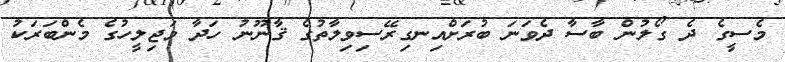
މެސީގެ ދެ ގޯލުން ބާސާ ދެވަނަ ބުރަށްއިނގިރޭސިވިލާތުގެ ޤާނޫނު ހަދާ މަޖިލީހުގެ މެންބަރަކު